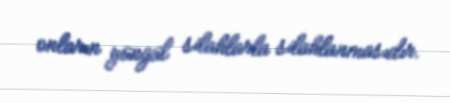
onların yüngül silahlarla silahlanmasıdır.